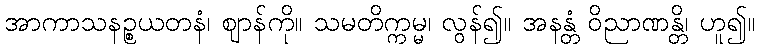
အာကာသနဉ္စယတနံ၊ ဈာန်ကို။ သမတိက္ကမ္မ၊ လွန်၍။ အနန္တံ ဝိညာဏန္တိ၊ ဟူ၍။